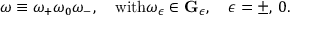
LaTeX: \omega \equiv \omega _ { + } \omega _ { 0 } \omega _ { - } , \quad \mathrm { w i t h } \omega _ { \epsilon } \in { \bf G } _ { \epsilon } , \quad \epsilon = \pm , \, 0 .